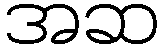
အဆ